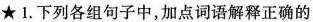
★1.下列各组句子中，加点词语解释正确的